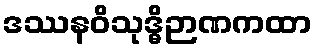
ဒဿနဝိသုဒ္ဓိဉာဏကထာ